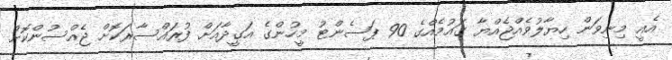
އެއީ މިނިވަން ހިޔާލުވެއްޖެއްޔާ ގައުމެއްގެ 90 ޕަސެންޓު މީހުންގެ އަގީދާއަށް ފުރައްސާރަކޮށް ޖެއްސުންކޮށް